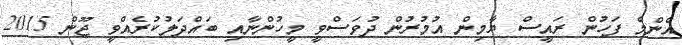
އެންމެ ފަހުން ރައީސް ޔާމިން އުމުރުން ދުވަސްވީ މީހުންނާއި ބައްދަލުކުރެއްވީ ޖޫން 2015